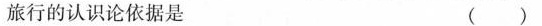
旅行的认识论依据是 ( )